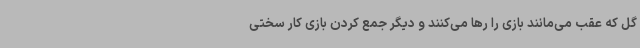
گل که عقب می‌مانند بازی را رها می‌کنند و دیگر جمع کردن بازی کار سختی